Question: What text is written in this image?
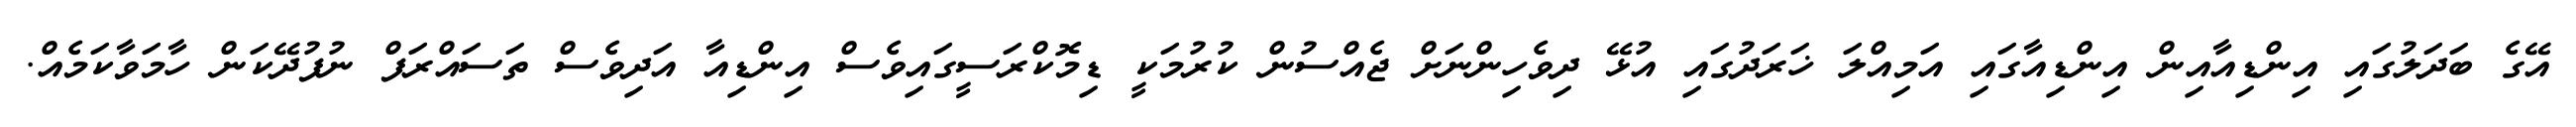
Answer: އޭގެ ބަދަލުގައި އިންޑިއާއިން އިންޑިއާގައި އަމިއްލަ ޚަރަދުގައި އުޅޭ ދިވެހިންނަށް ޖެއްސުން ކުރުމަކީ ޑިމޮކްރަސީގައިވެސް އިންޑިއާ އަދިވެސް ތަސައްރަފް ނުފުދޭކަން ހާމަވާކަމެއް.